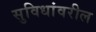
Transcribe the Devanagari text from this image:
सुविधांवरील